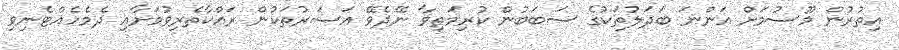
އިތުރުން މޫސުމަށް އަންނަ ބަދަލުތަކުގެ ސަބަބުން ކުރިމަތިވާ ނޭދެވޭ އަސަރުތަކުން ރައްކާތެރިވުމަށާއި ދެމެހެއްޓެނިވި